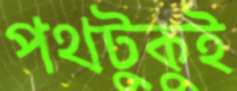
পথটুকুই